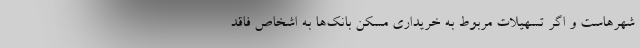
شهرهاست و اگر تسهیلات مربوط به خریداری مسکن بانک‌ها به اشخاص فاقد